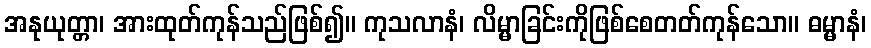
အနုယုတ္တာ၊ အားထုတ်ကုန်သည်ဖြစ်၍။ ကုသလာနံ၊ လိမ္မာခြင်းကိုဖြစ်စေတတ်ကုန်သော။ ဓမ္မာနံ၊